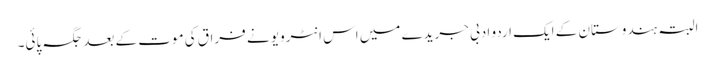
البتہ ہندوستان کے ایک اردو ادبی جریدے میں اس انٹرویو نے فراق کی موت کے بعد جگہ پائی۔